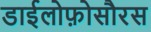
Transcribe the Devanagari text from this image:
डाईलोफ़ोसौरस